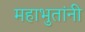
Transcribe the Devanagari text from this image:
महाभुतांनी